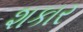
શકાર